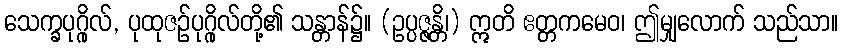
သေက္ခပုဂ္ဂိုလ်, ပုထုဇဉ်ပုဂ္ဂိုလ်တို့၏ သန္တာန်၌။ (ဥပ္ပဇ္ဇန္တိ၊) ဣတိ ဧတ္တကမေဝ၊ ဤမျှလောက် သည်သာ။